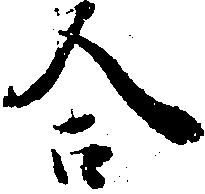
合